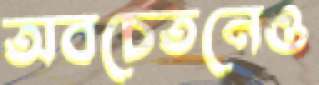
অবচেতনেও